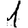
Digit: 1